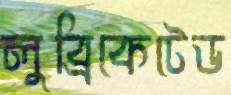
লুব্রিকেটেড